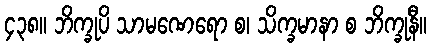
၄၃၈။ ဘိက္ခုပိ သာမဏေရော စ၊ သိက္ခမာနာ စ ဘိက္ခုနီ။